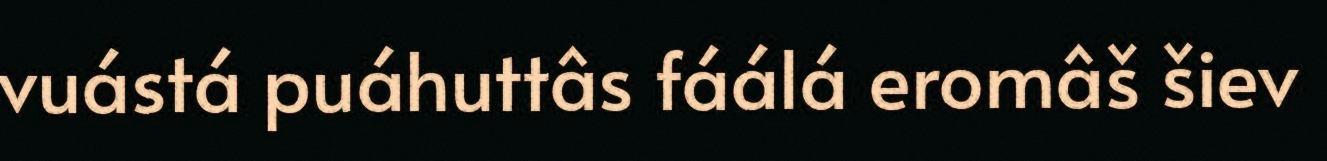
vuástá puáhuttâs fáálá eromâš šiev